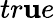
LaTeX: tr\mathbf{u}e